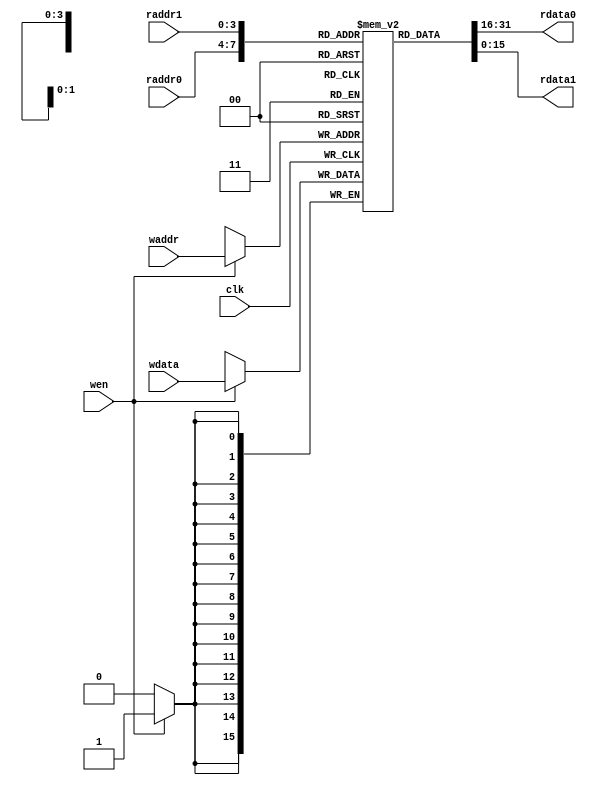
/* register file */

`timescale 1ps/1ps
module regs(input clk,
            input [3:0]raddr0, output [15:0]rdata0,
            input [3:0]raddr1, output [15:0]rdata1,
            input wen, input [3:0]waddr, input [15:0]wdata);
    reg [15:0]data[15:0];

    reg [15:0]out0 = 16'hxxxx;
    assign rdata0 = out0;

    always @(raddr0) begin
        out0 = 16'hxxxx;
        #600;
        out0 = data[raddr0];
    end

    reg [15:0]out1 = 16'hxxxx;
    assign rdata1 = out1;

    always @(raddr1) begin
        out1 = 16'hxxxx;
        #600;
        out1 = data[raddr1];
    end

    always @(posedge clk) begin
        if (wen) begin
            $display("#reg[%d] <= 0x%x",waddr,wdata);
            data[waddr] <= wdata;
        end
    end

endmodule